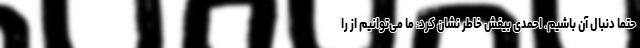
حتما دنبال آن باشیم. احمدی بیغش خاطر نشان کرد: ما می‌توانیم از را